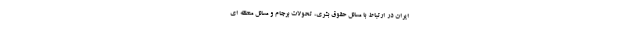
ایران در ارتباط با مسائل حقوق بشری، تحولات برجام و مسائل منطقه ای